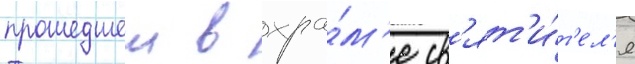
прошедшеи в хра́м'е св'ят'и́т'ел'я